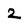
Character: 2